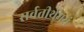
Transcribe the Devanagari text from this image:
सर्वतीर्थमयं